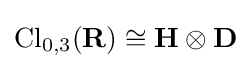
\mathrm {Cl} _{0,3}(\mathbf {R} )\cong \mathbf {H} \otimes \mathbf {D}